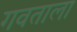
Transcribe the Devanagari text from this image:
गवताला